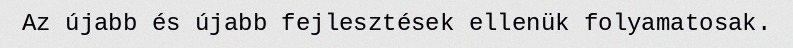
Az újabb és újabb fejlesztések ellenük folyamatosak.